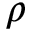
\rho